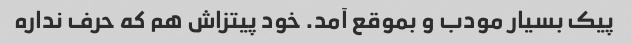
پیک بسیار مودب و بموقع آمد. خود پیتزاش هم که حرف نداره